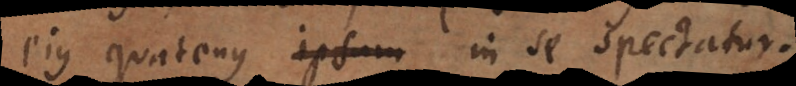
est quatenus in se spectatur,